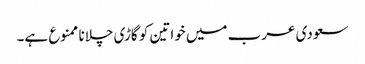
سعودی عرب میں خواتین کو گاڑی چلانا ممنوع ہے۔